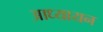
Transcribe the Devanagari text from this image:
आध्यायन